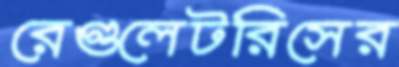
রেগুলেটরিসের